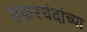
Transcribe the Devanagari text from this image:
सफरचंदांच्या